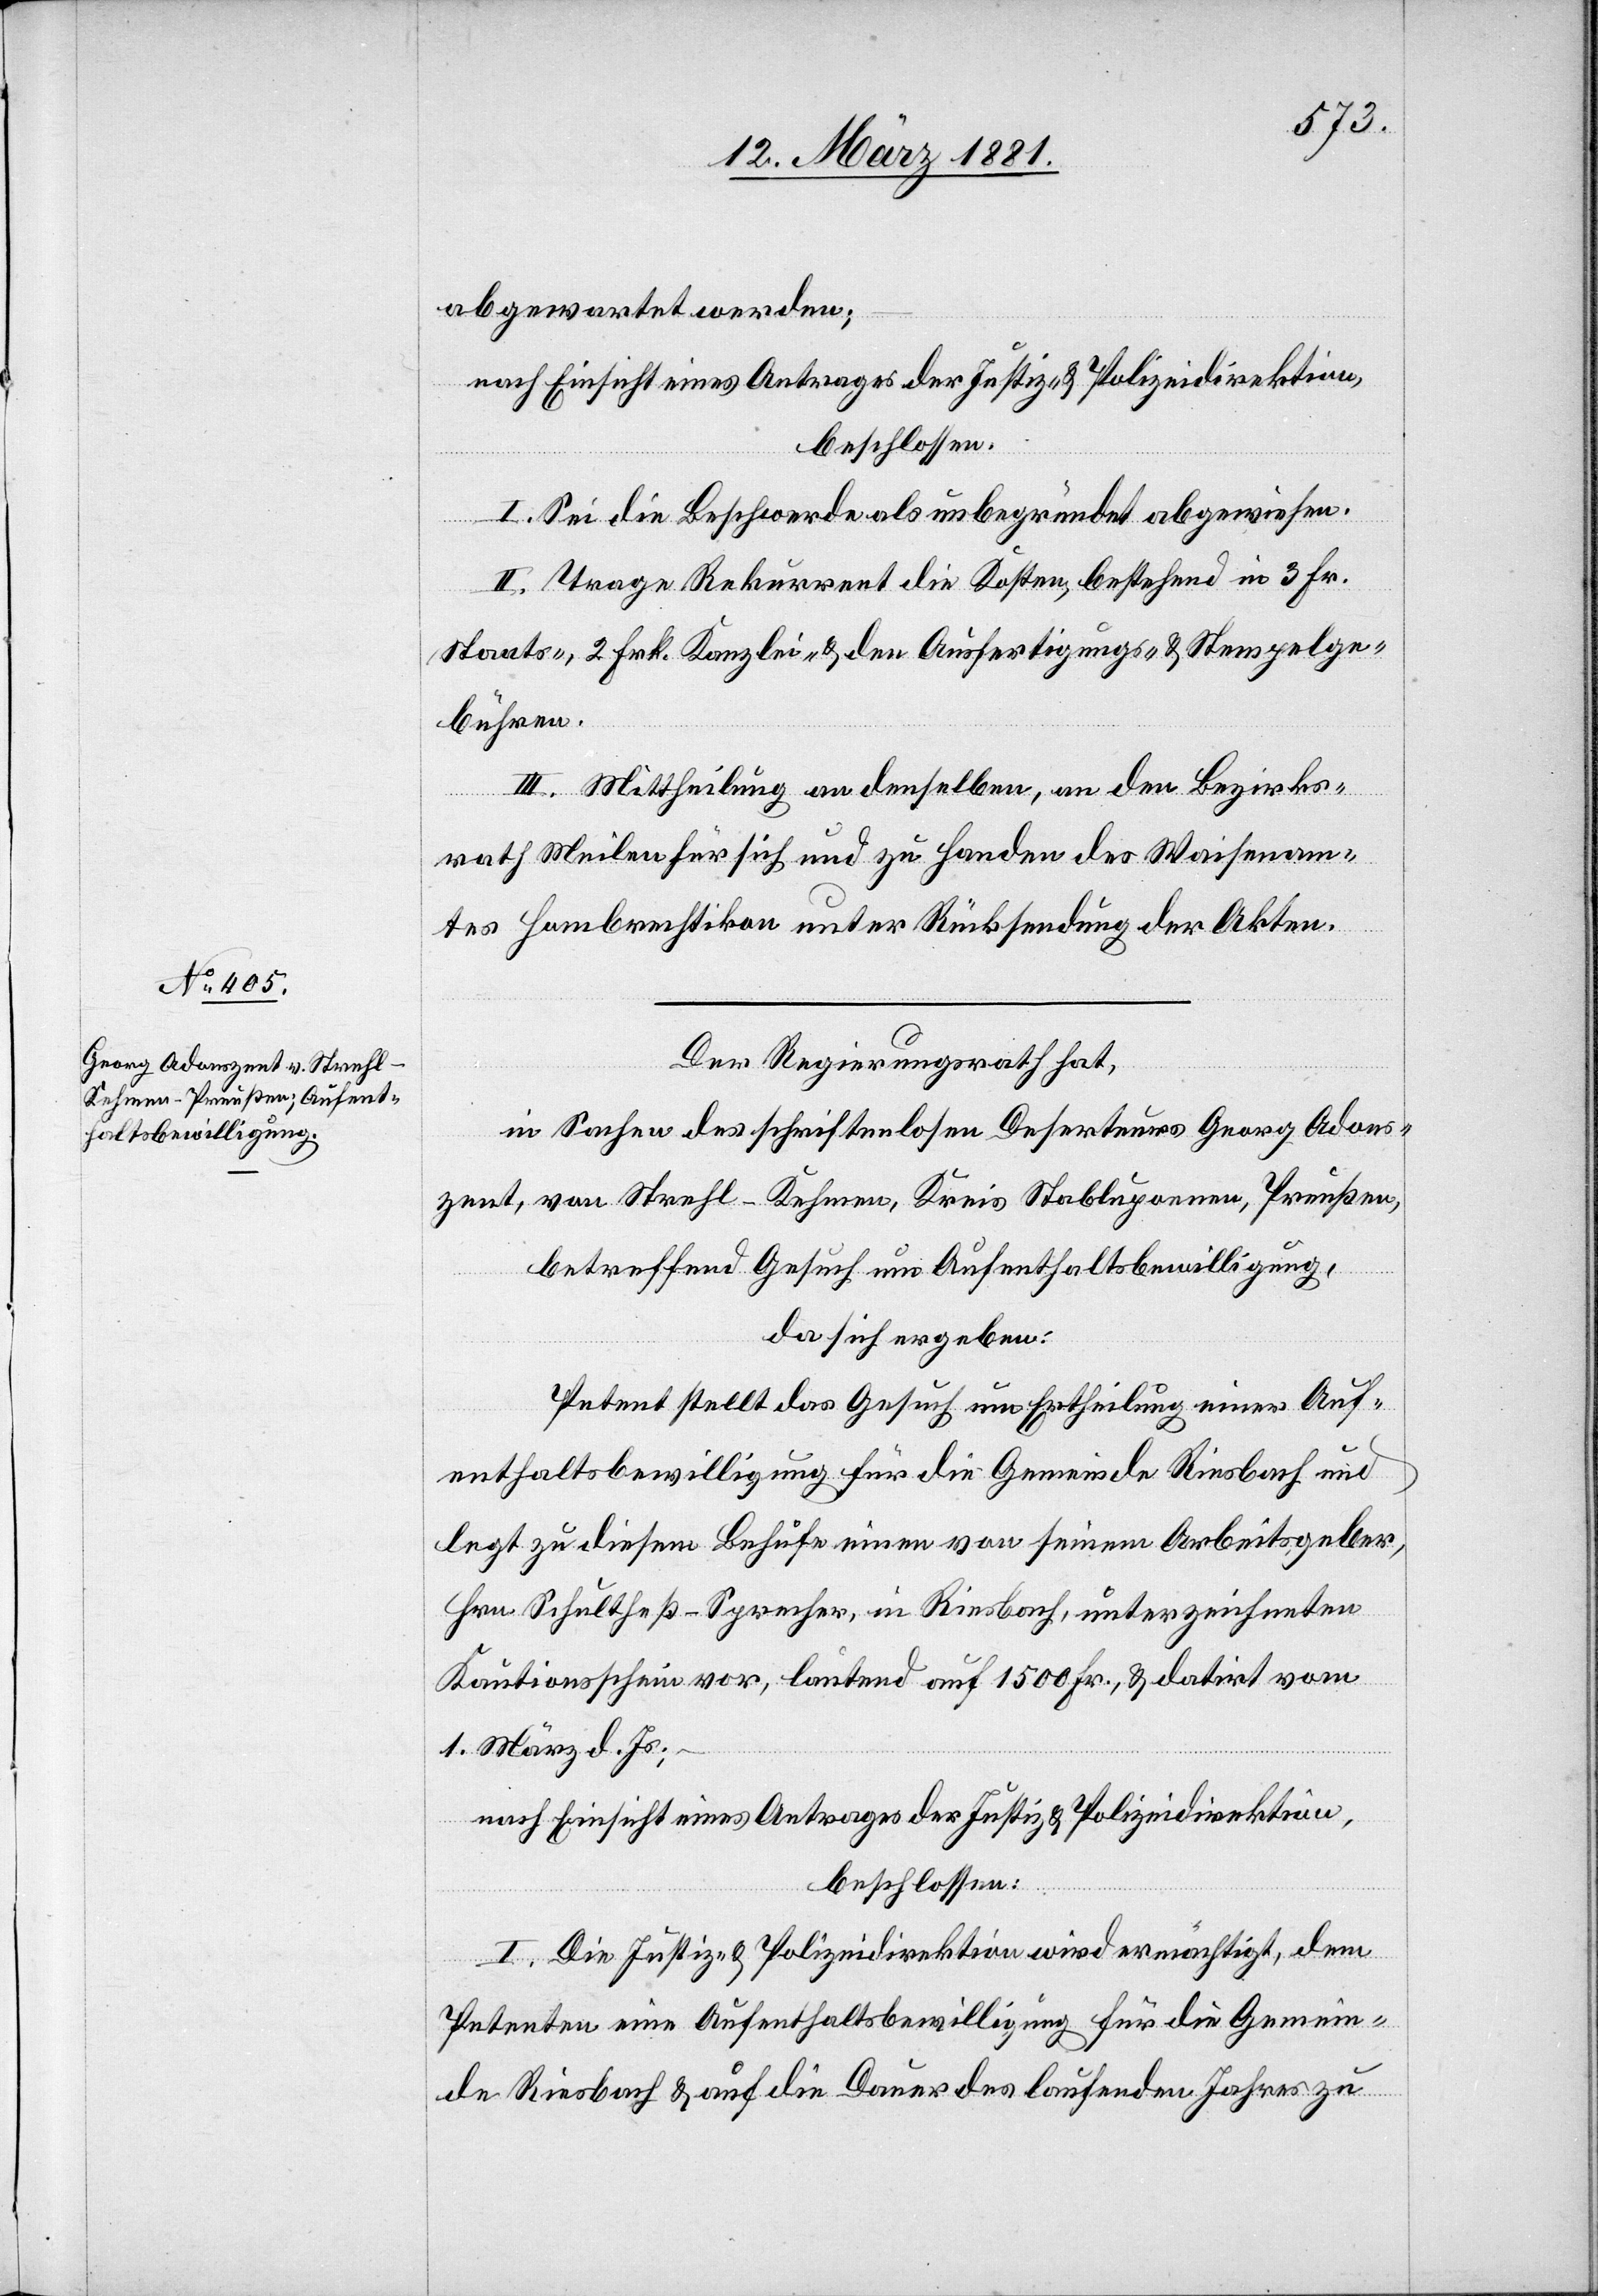
abgewartet werden;
nach Einsicht eines Antrages der Justiz- & Polizeidirektion,
beschlossen:
I. Sei die Beschwerde als unbegründet abgewiesen.
II. Trage Rekurrent die Kosten, bestehend in 3 Fr.
Staats-, 2 Frk. Kanzlei- & den Ausfertigungs- & Stempelge¬
bühren.
III. Mittheilung an denselben, an den Bezirks¬
ßen,
rath Meilen für sich und zu Handen des Waisenam¬
tes Hombrechtikon unter Rücksendung der Akten.
Der Regierungsrath hat,
in Sachen des schriftlosen Deserteurs Georg Adons¬
zent, von Strehl - Kehmen, Kreis Stablupoenen [recte:
betreffen Gesuch um Aufenthaltsbewilligung,
da sich ergeben:
Petent stellt das Gesuch um Ertheilung einer Auf¬
enthaltsbewilligung für die Gemeinde Riesbach und
legt zu diesem Behufe einen von seinem Arbeitsgeber,
Hrn. Schultheß-Sprecher, in Riesbach, unterzeichneten
Kautionsschein vor, lautend auf 1500 Fr., & datirt vom
1. März d. Js.;
nach Einsicht eines Antrages der Justiz- & Polizeidirektion,
beschlossen:
I. Die Justiz- & Polizeidirektion wird ermächtigt, dem
Petenten eine Aufenthaltsbewilligung für die Gemein¬
de Riesbach & auf die Dauer des laufenden Jahres zu